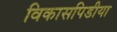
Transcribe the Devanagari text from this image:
विकासपिडीया